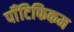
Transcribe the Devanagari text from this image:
पॉँटिफिकम